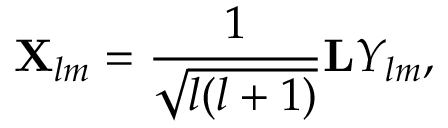
{ \bf X } _ { l m } = { \frac { 1 } { \sqrt { l ( l + 1 ) } } } { \bf L } Y _ { l m } ,